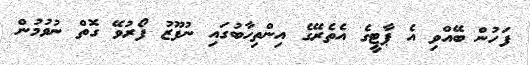
ފަހުން ބޭއްވި އެ ޕާޓީގެ އެތެރޭގެ އިންތިހާބުގައި ނުފޫޒު ފޯރުވޭ ގޮތް ނުވުމުން